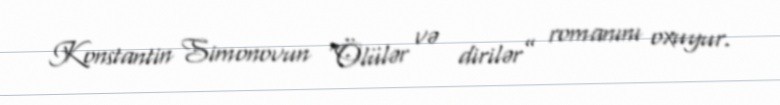
Konstantin Simonovun “Ölülər və dirilər” romanını oxuyur.